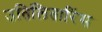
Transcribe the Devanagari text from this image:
उतिलितारिंस